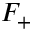
F _ { + }